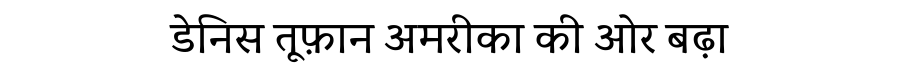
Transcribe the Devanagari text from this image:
डेनिस तूफ़ान अमरीका की ओर बढ़ा